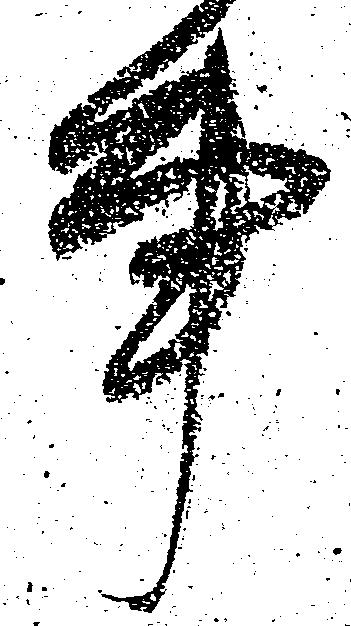
事